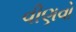
વીણવો